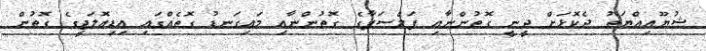
ޝުޔޫޢިއްޔަތު ދެކޮޅަށް ދީނީ ގޮތުންނާއި ފަލްސަފާގެ ގޮތުންނާއި މައިގަނޑު ގޮތެއްގައި އިޑިއޮލަޖީގެ ގޮތުން